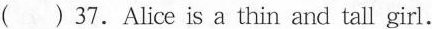
( ) 37.Alice is a thin and tall girl.